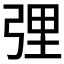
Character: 𱝝